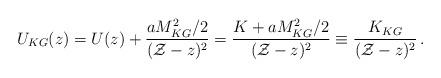
LaTeX: \begin{align*}U_{KG}(z) = U(z) +{aM_{KG}^2/2 \over ({\cal Z}-z)^2}= {K+ aM_{KG}^2/2 \over ({\cal Z}-z)^2}\equiv {K_{KG} \over ({\cal Z} -z)^2}\,.\end{align*}